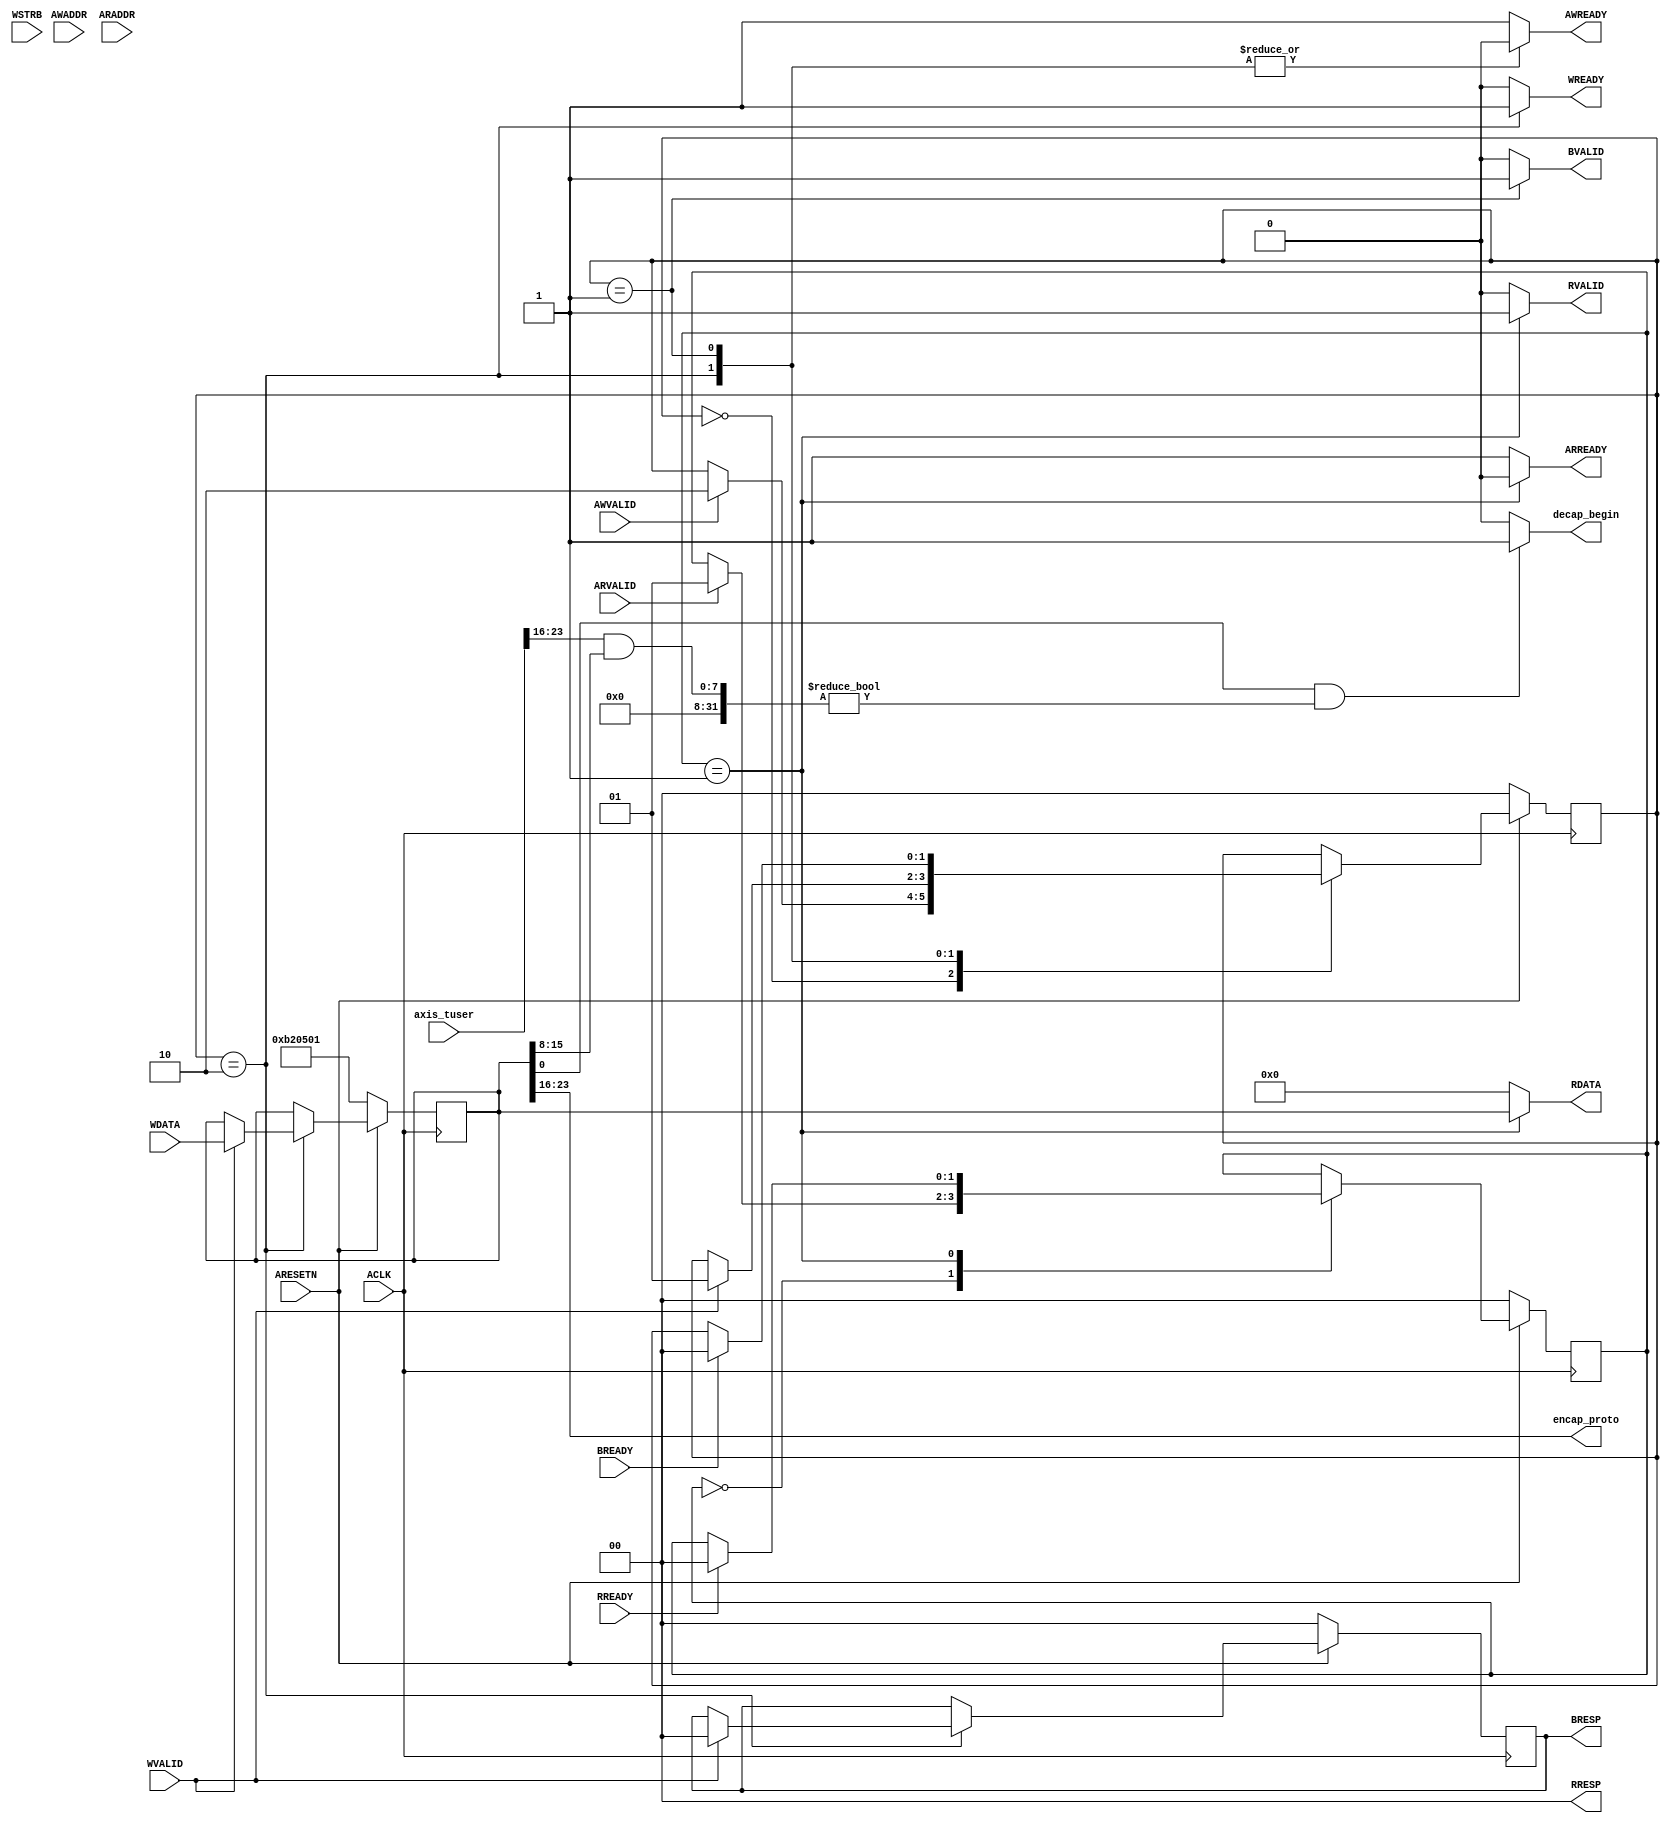
/*******************************************************************************
 *
 *  NetFPGA-10G http://www.netfpga.org
 *
 *  File:
 *        decap_decision_maker.v
 *
 *  Library:
 *        hw/contrib/pcores/nf10_encap_v1_00_a
 *
 *  Module:
 *        nf10_encap
 *
 *  Author:
 *        Yilong Geng
 *
 *  Description:
 *        Add additional Ethernet and IP header if needed.
 *
 *  Copyright notice:
 *        Copyright (C) 2010, 2011 The Board of Trustees of The Leland Stanford
 *                                 Junior University
 *
 *  Licence:
 *        This file is part of the NetFPGA 10G development base package.
 *
 *        This file is free code: you can redistribute it and/or modify it under
 *        the terms of the GNU Lesser General Public License version 2.1 as
 *        published by the Free Software Foundation.
 *
 *        This package is distributed in the hope that it will be useful, but
 *        WITHOUT ANY WARRANTY; without even the implied warranty of
 *        MERCHANTABILITY or FITNESS FOR A PARTICULAR PURPOSE.  See the GNU
 *        Lesser General Public License for more details.
 *
 *        You should have received a copy of the GNU Lesser General Public
 *        License along with the NetFPGA source package.  If not, see
 *        http://www.gnu.org/licenses/.
 *
 */

module decap_decision_maker
  #(
    // Master AXI Lite Data Width
    parameter DATA_WIDTH=32,
    parameter ADDR_WIDTH=32,
    parameter SRC_PORT_POS=16,
    parameter DST_PORT_POS=24,
    parameter C_S_AXIS_TUSER_WIDTH=128
    )
   (

    output [7:0] encap_proto,
    input [C_S_AXIS_TUSER_WIDTH-1:0] axis_tuser,
    output reg decap_begin,

    input                        ACLK,
    input                        ARESETN,
    
    input [ADDR_WIDTH-1: 0]      AWADDR,
    input                        AWVALID,
    output reg                   AWREADY,
    
    input [DATA_WIDTH-1: 0]      WDATA,
    input [DATA_WIDTH/8-1: 0]    WSTRB,
    input                        WVALID,
    output reg                   WREADY,
    
    output reg [1:0]             BRESP,
    output reg                   BVALID,
    input                        BREADY,
    
    input [ADDR_WIDTH-1: 0]      ARADDR,
    input                        ARVALID,
    output reg                   ARREADY,
    
    output reg [DATA_WIDTH-1: 0] RDATA, 
    output reg [1:0]             RRESP,
    output reg                   RVALID,
    input                        RREADY
    );

   localparam AXI_RESP_OK = 2'b00;
   localparam AXI_RESP_SLVERR = 2'b10;
   
   localparam WRITE_IDLE = 0;
   localparam WRITE_RESPONSE = 1;
   localparam WRITE_DATA = 2;

   localparam READ_IDLE = 0;
   localparam READ_RESPONSE = 1;

   reg [1:0]                     write_state, write_state_next;
   reg [1:0]                     read_state, read_state_next;
   reg [ADDR_WIDTH-1:0]          read_addr, read_addr_next;
   reg [ADDR_WIDTH-1:0]          write_addr, write_addr_next;
   reg [1:0]                     BRESP_next;

   reg [31:0]                    ctrl_reg, ctrl_reg_next;
   wire decap_enable;
   wire [7:0] decap_ports;

   assign decap_enable = ctrl_reg[0];
   assign decap_ports = ctrl_reg[15:8];
   assign encap_proto = ctrl_reg[23:16];
   
   always @(*) begin
      read_state_next = read_state;   
      ARREADY = 1'b1;
      read_addr_next = read_addr;
      RDATA = 0; 
      RRESP = AXI_RESP_OK;
      RVALID = 1'b0;
      
      case(read_state)
        READ_IDLE: begin
           if(ARVALID) begin
              read_addr_next = ARADDR;
              read_state_next = READ_RESPONSE;
           end
        end        
        
        READ_RESPONSE: begin
           RVALID = 1'b1;
           ARREADY = 1'b0;

           RDATA = ctrl_reg;

           if(RREADY) begin
              read_state_next = READ_IDLE;
           end
        end
      endcase
   end
   
   always @(*) begin
      write_state_next = write_state;
      write_addr_next = write_addr;

      AWREADY = 1'b1;
      WREADY = 1'b0;
      BVALID = 1'b0;  
      BRESP_next = BRESP;

      ctrl_reg_next = ctrl_reg;

      case(write_state)
        WRITE_IDLE: begin
           write_addr_next = AWADDR;
           if(AWVALID) begin
              write_state_next = WRITE_DATA;
           end
        end
        WRITE_DATA: begin
           AWREADY = 1'b0;
           WREADY = 1'b1;
           if(WVALID) begin
              ctrl_reg_next = WDATA;
              BRESP_next = AXI_RESP_OK;
              write_state_next = WRITE_RESPONSE;
           end
        end
        WRITE_RESPONSE: begin
           AWREADY = 1'b0;
           BVALID = 1'b1;
           if(BREADY) begin                    
              write_state_next = WRITE_IDLE;
           end
        end
      endcase
   end

   always @(posedge ACLK) begin
      if(~ARESETN) begin
         write_state <= WRITE_IDLE;
         read_state <= READ_IDLE;
         read_addr <= 0;
         write_addr <= 0;
         BRESP <= AXI_RESP_OK;

         ctrl_reg <= 32'h00B20501;

      end
      else begin
         write_state <= write_state_next;
         read_state <= read_state_next;
         read_addr <= read_addr_next;
         write_addr <= write_addr_next;
         BRESP <= BRESP_next;

         ctrl_reg <= ctrl_reg_next;

      end
   end

   always @(*) begin
      decap_begin = 0;
      if(decap_enable ==1 && (axis_tuser[SRC_PORT_POS+7:SRC_PORT_POS]&decap_ports)!=0) begin
         decap_begin = 1;
      end
   end
endmodule